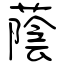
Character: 蔭